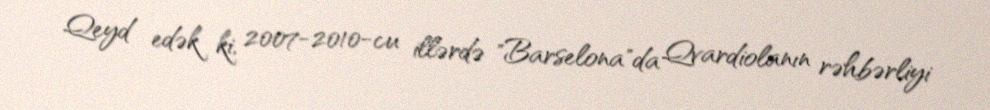
Qeyd edək ki, 2007-2010-cu illərdə "Barselona"da Qvardiolanın rəhbərliyi